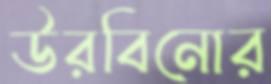
উরবিনোর